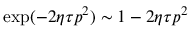
\exp ( - 2 \eta \tau \boldsymbol { p } ^ { 2 } ) \sim 1 - 2 \eta \tau \boldsymbol { p } ^ { 2 }